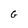
Character: G